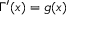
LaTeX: \Gamma ^ { \prime } ( x ) = g ( x )